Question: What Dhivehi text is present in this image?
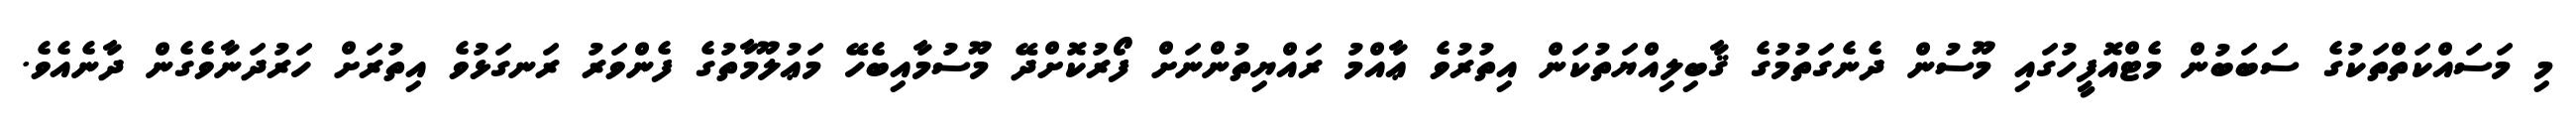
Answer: މި މަސައްކަތްތަކުގެ ސަބަބުން މެޓްއޮފީހުގައި މޫސުން ދެނެގަތުމުގެ ޤާބިލިއްޔަތުކަން އިތުރުވެ ޢާއްމު ރައްޔިތުންނަށް ފޯރުކޮށްދޭ މޫސުމާއިބެހޭ މަޢުލޫމާތުގެ ފެންވަރު ރަނގަޅުވެ އިތުރަށް ހަރުދަނާވެގެން ދާނެއެވެ.